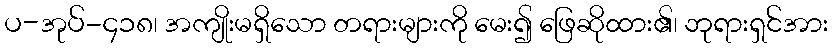
ပ-အုပ်-၄၁၈၊ အကျိုးမရှိသော တရားများကို မေး၍ ဖြေဆိုထား၏၊ ဘုရားရှင်အား